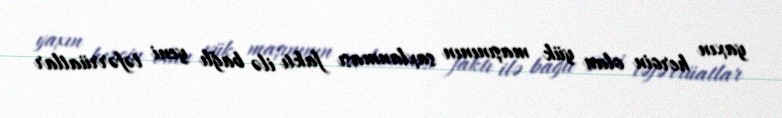
yaxın heroin olan yük maşınının saxlanması faktı ilə bağlı yeni təfərrüatlar